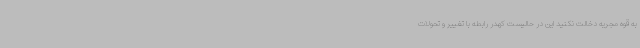
به قوه مجریه دخالت نکنید این در حالیست کهدر رابطه با تغییر و تحولات